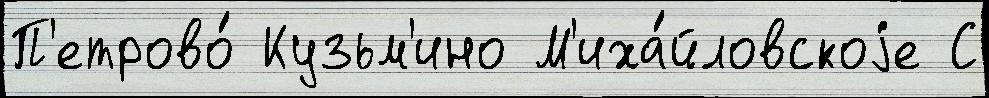
П'етрово́ Кузьм'ино М'иха́йловскоjе С